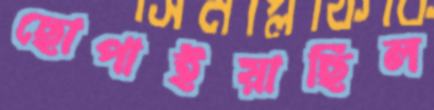
ছোপাইয়াছিল